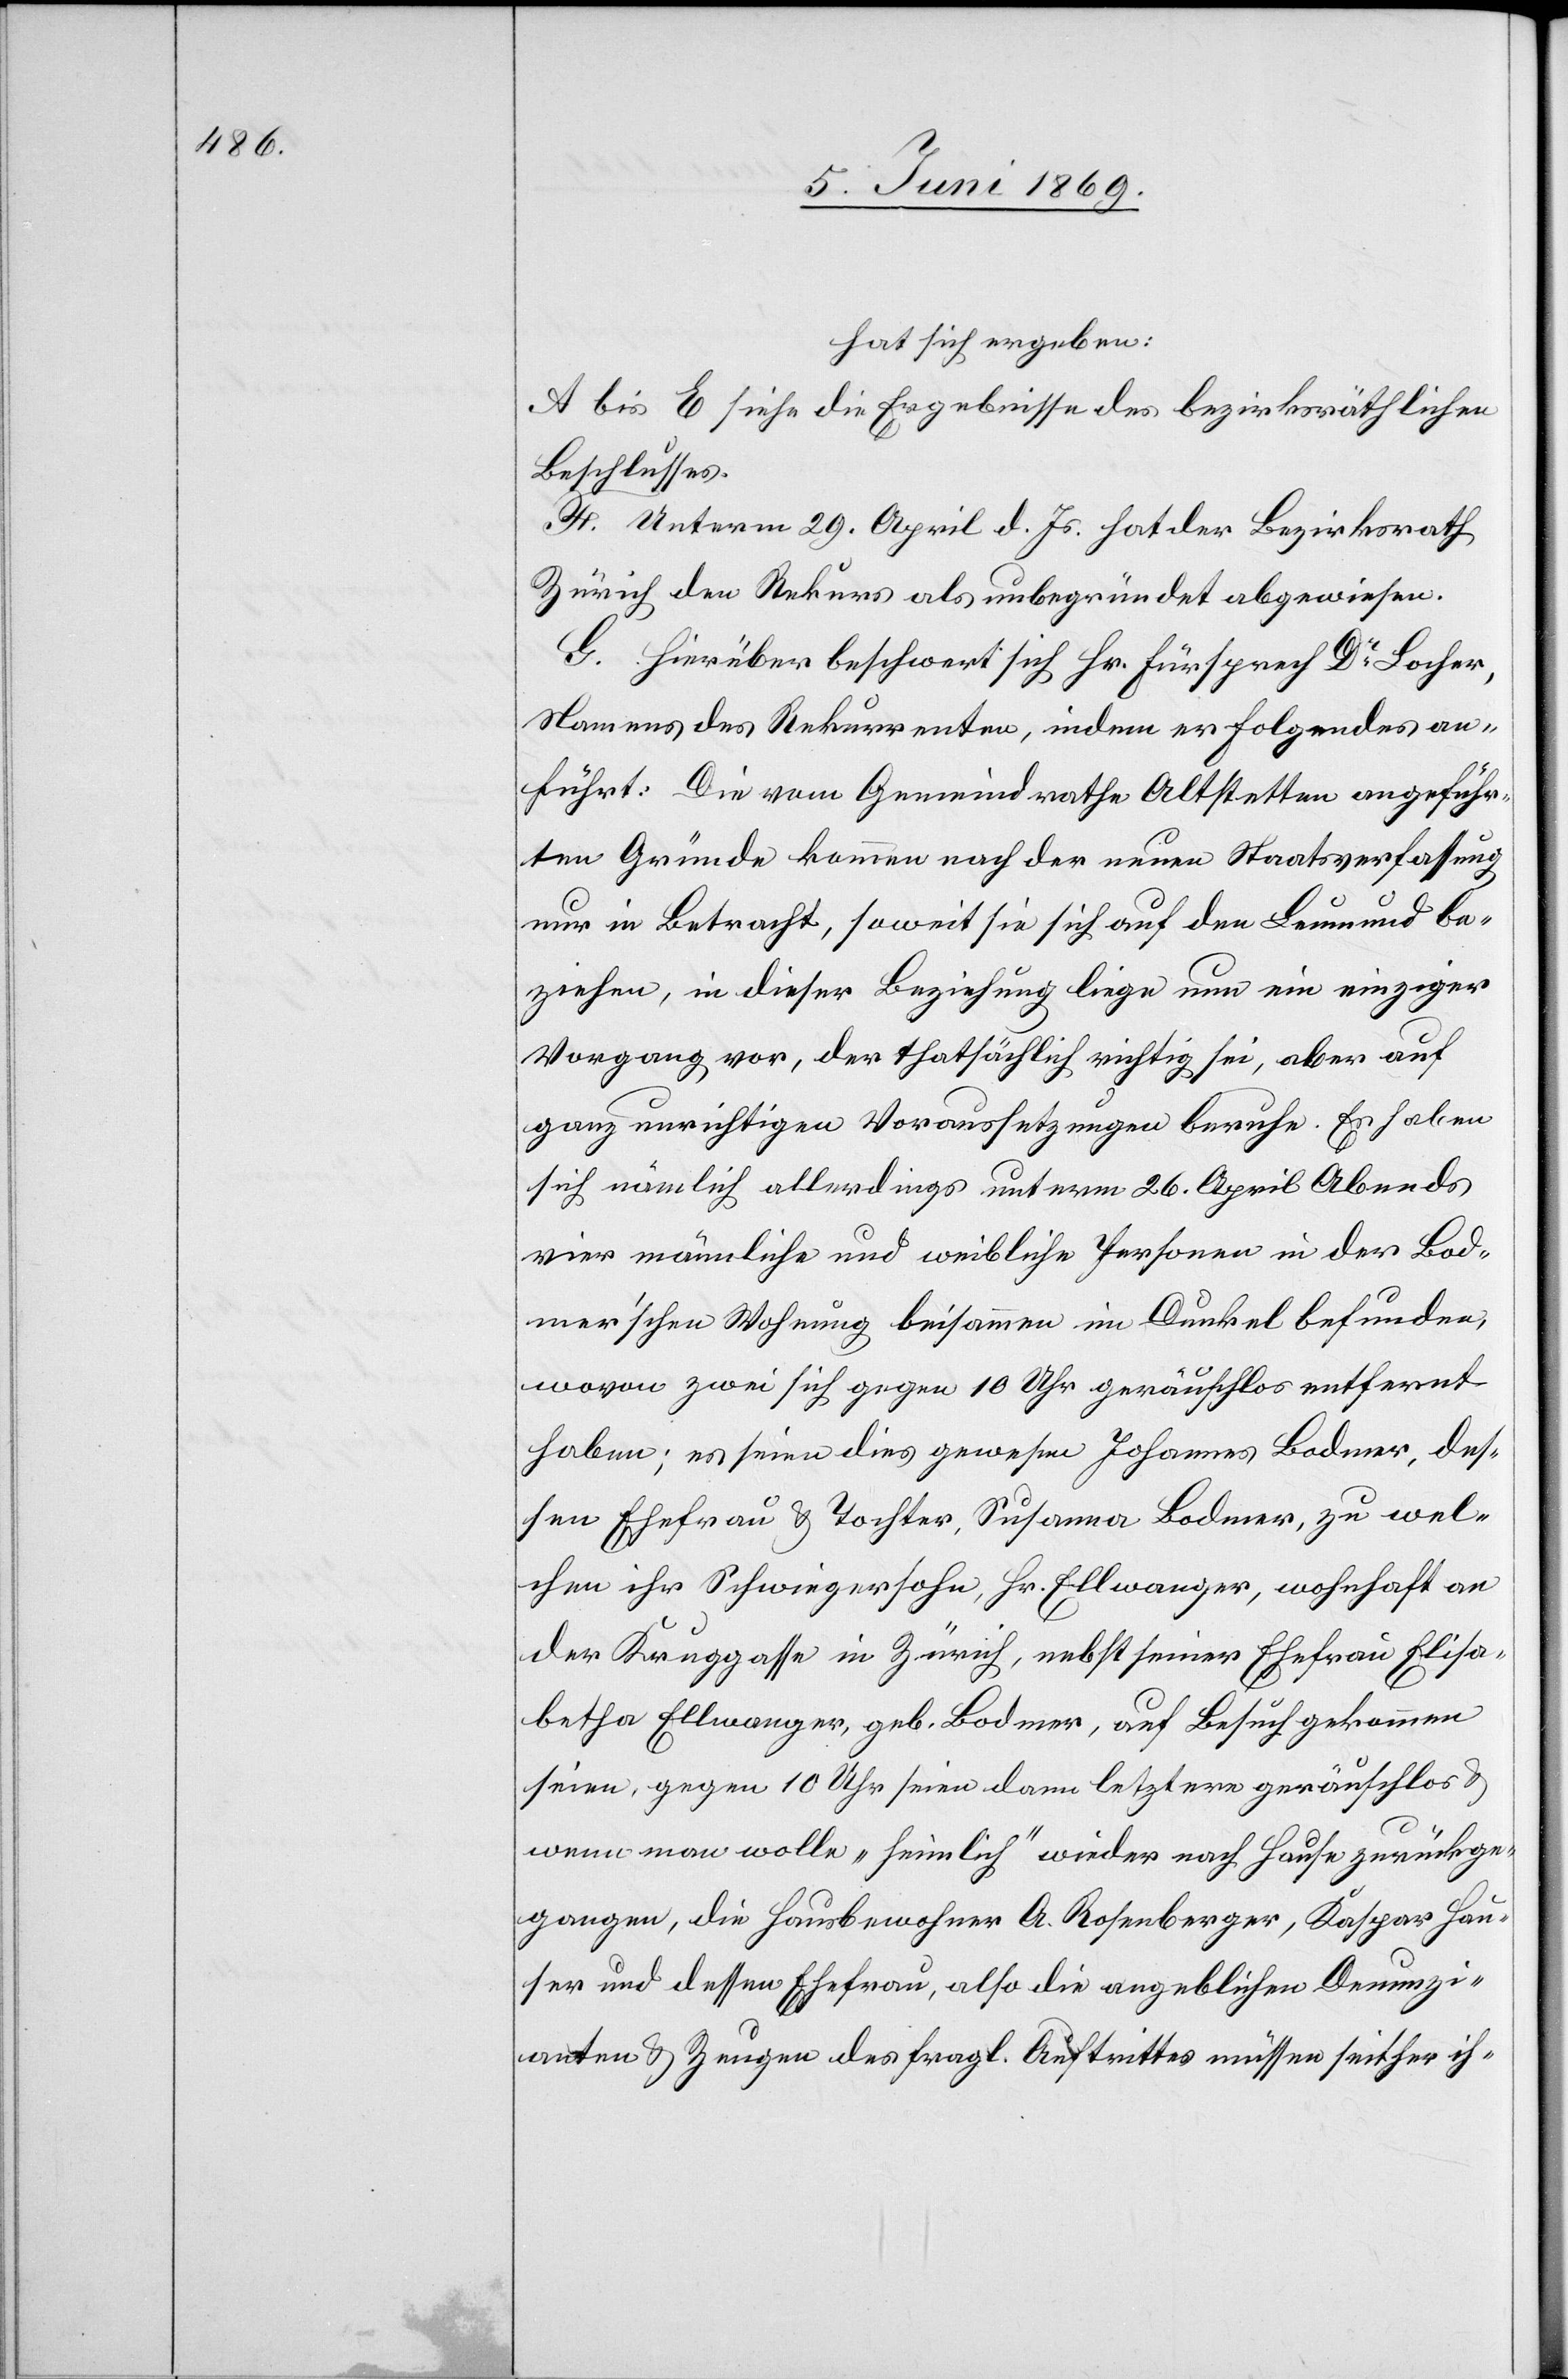
hat sich ergeben:
A bis E siehe die Ergebnisse des bezirksräthlichen
Beschlusses.
F. Unterm 29 April d. Js. hat der Bezirksrath
Zürich den Rekurs als unbegründet abgewiesen.
G. Hierüber beschwert sich Hr. Fürsprech Dr Locher,
Namens des Rekurrenten, indem er Folgendes an¬
führt: Die vom Gemeindrathe Altstetten angeführ¬
ten Gründe kommen nach der neuen Staatsverfassung
nur in Betracht, soweit sie sich auf den Leumund be¬
ziehen, in dieser Beziehung liege nun ein einziger
Vorgang vor, der thatsächlich richtig sei, aber auf
ganz unrichtigen Voraussetzungen beruhe. Es haben
sich nämlich allerdings unterm 26 April Abends
vier männliche und weibliche Personen in der Bod¬
mer’schen Wohnung beisammen im Dunkel befunden,
wovon zwei sich gegen 10 Uhr geräuschlos entfernt
haben; es seien dies gewesen Johannes Bodmer, des¬
sen Ehefrau u. Tochter, Susanna Bodmer, zu wel¬
chen ihr Schwiegersohn, Hr. Ellwanger, wohnhaft an
der Kruggasse in Zürich, nebst seiner Ehefrau Elisa¬
betha Ellwanger, geb. Bodmer, auf Besuch gekommen
seien, gegen 10 Uhr seien dann letztere geräuschlos
u.
wenn man wolle „heimlich“ wieder nach Hause zurückge¬
gangen, die Hausbewohner A. Rosenberger, Kaspar Hau¬
ser und dessen Ehefrau, also die angeblichen Denunzi¬
anten u. Zeugen des fragl. Auftrittes müssen seither ih-